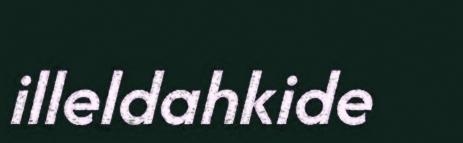
illeldahkide